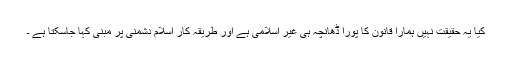
کیا یہ حقیقت نہیں ہمارا قانون کا پورا ڈھانچہ ہی غیر اسلامی ہے اور طریقہ کار اسلام دشمنی پر مبنی کہا جاسکتا ہے ۔